Lunatic asylums Bombay report 1891-1903 - 1891-1903
Year: 1891
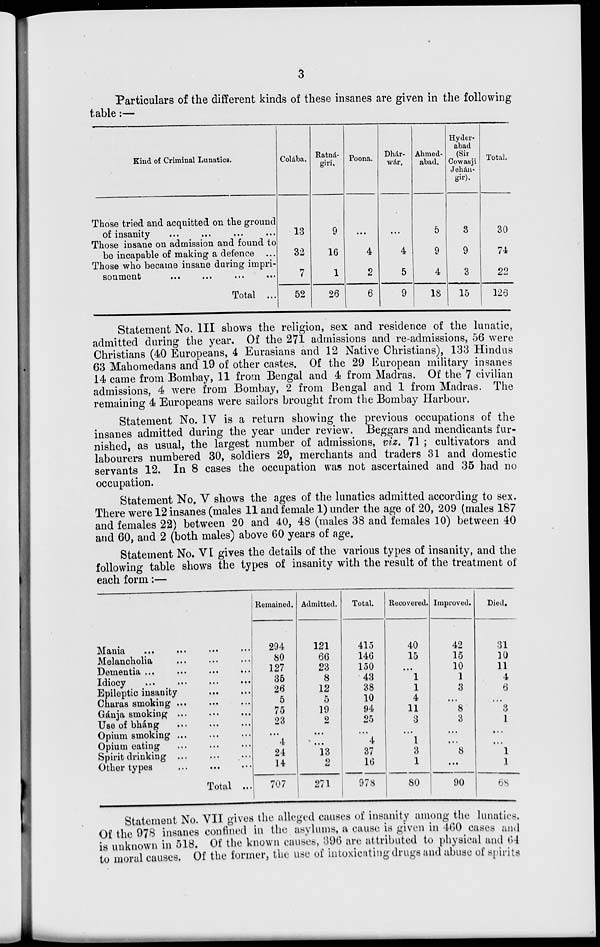
3
Particulars of the different kinds of these insanes are given in the following
table :—
Kind of Criminal Lunatics.
Those tried and acquitted on the ground
of insanity ... ... ... ...
Those insane on admission and found to
be incapable of making a defence ...
Those who became insane during impri-
sonment ... ... ... ...
Total ...
Colába.
13
32
7
52
Ratná-
giri.
9
16
1
26
Poona.
...
4
2
6
Dhár-
wár.
...
4
5
9
Ahmed-
abad.
5
9
4
18
Hyder-
abad
(Sir
Cowasji
Jehán-
gir).
3
9
3
15
Total.
30
74
22
126
Statement No. III shows the religion, sex and residence of the lunatic,
admitted during the year. Of the 271 admissions and re-admissions, 56 were
Christians (40 Europeans, 4 Eurasians and 12 Native Christians), 133 Hindus
63 Mahomedans and 19 of other castes. Of the 29 European military insanes
14 came from Bombay, 11 from Bengal and 4 from Madras. Of the 7 civilian
admissions, 4 were from Bombay, 2 from Bengal and 1 from Madras. The
remaining 4 Europeans were sailors brought from the Bombay Harbour.
Statement No. IV is a return showing the previous occupations of the
insanes admitted during the year under review. Beggars and mendicants fur-
nished, as usual, the largest number of admissions, viz. 71 ; cultivators and
labourers numbered 30, soldiers 29, merchants and traders 31 and domestic
servants 12. In 8 cases the occupation was not ascertained and 35 had no
occupation.
Statement No. V shows the ages of the lunatics admitted according to sex.
There were 12 insanes (males 11 and female 1) under the age of 20, 209 (males 187
and females 22) between 20 and 40, 48 (males 38 and females 10) between 40
and 60, and 2 (both males) above 60 years of age.
Statement No. VI gives the details of the various types of insanity, and the
following table shows the types of insanity with the result of the treatment of
each form :—
Mania ... ... ... ...
Melancholia ... ... ...
Dementia ... ... ... ...
Idiocy ... ... ... ...
Epileptic insanity
...
...
Charas smoking ... ... ...
Gánja smoking ... ... ...
Use of bháng
...
...
...
Opium smoking
...
...
...
Opium eating ... ... ...
Spirit drinking ... ... ...
Other types
...
...
...
Total ...
Remained.
294
80
127
35
26
5
75
23
...
4
24
14
707
Admitted.
121
66
23
8
12
5
19
2
...
...
13
2
271
Total.
415
146
150
43
38
10
94
25
...
4
37
16
978
Recovered.
40
15
...
1
1
4
11
3
...
1
3
1
80
Improved.
42
15
10
1
3
...
8
3
...
...
8
...
90
Died.
31
10
11
4
6
...
3
1
...
...
1
1
68
Statement No. VII gives the alleged causes of insanity among the lunatics.
Of the 978 insanes confined in the asylums, a cause is given in 460 cases and
is unknown in 518. Of the known causes, 396 are attributed to physical and 64
to moral causes. Of the former, the use of intoxicating drugs and abuse of spirits